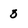
Character: 3